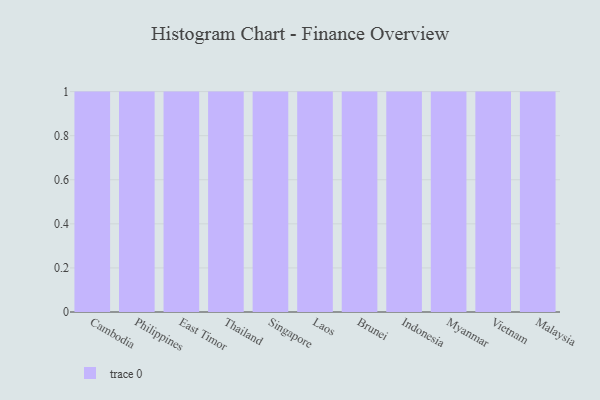
{"axis": {"x": "Country", "y": "Headcount"}, "legend": [""], "data": [{"x": "Cambodia", "y": 93, "type": ""}, {"x": "Philippines", "y": 61, "type": ""}, {"x": "East Timor", "y": 98, "type": ""}, {"x": "Thailand", "y": 40, "type": ""}, {"x": "Singapore", "y": 61, "type": ""}, {"x": "Laos", "y": 47, "type": ""}, {"x": "Brunei", "y": 29, "type": ""}, {"x": "Indonesia", "y": 19, "type": ""}, {"x": "Myanmar", "y": 8, "type": ""}, {"x": "Vietnam", "y": 82, "type": ""}, {"x": "Malaysia", "y": 52, "type": ""}]}